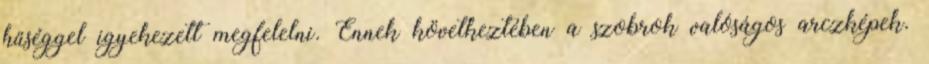
hűséggel igyekezett megfelelni. Ennek következtében a szobrok valóságos arczképek.